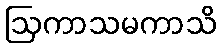
ဩကာသမကာသိ